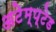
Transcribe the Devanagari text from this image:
अटेम्प्टेड